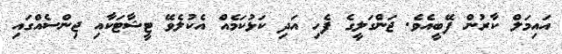
އައިމަލް ކާރުން ފޭބީއެވެ. ޖަންގަލީގެ ފެހި އަދި ކަޅުކަމެއް އެކުލެވޭ ޓީޝާޓަކާއި ޖިންސެއްގައި